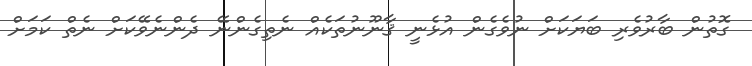
ގޮތުން ބާރުވެރި ބަޔަކަށް ނުވެގެން އުޅެނީ ޤާނޫނުތަކެއް ނެތިގެންނޭ ދެންނެވޭކަށް ނެތް ކަމަށް